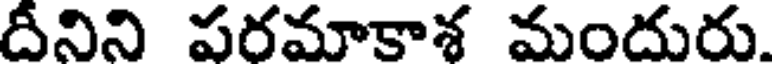
దీనిని పరమాకాశ మందురు.